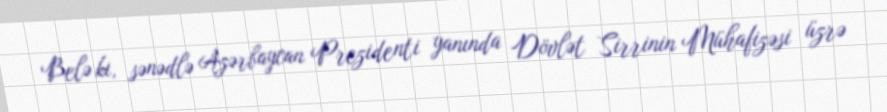
Belə ki, sənədlə Azərbaycan Prezidenti yanında Dövlət Sirrinin Mühafizəsi üzrə